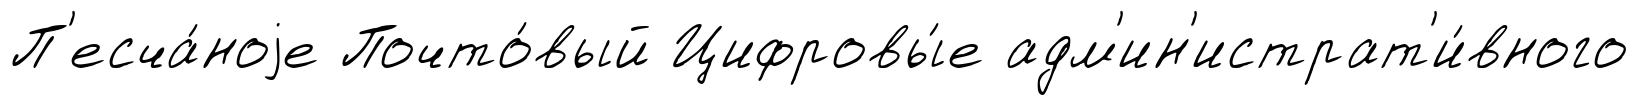
П'есча́ноjе Почто́вый Цифровы́е адм'ин'истрат'и́вного